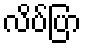
လိပ်ပြာ